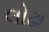
લોઢા